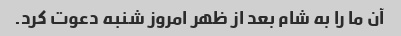
آن ما را به شام ​​بعد از ظهر امروز شنبه دعوت کرد.